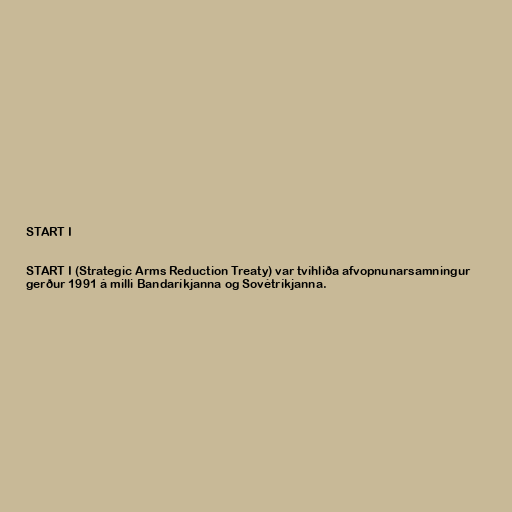
START I

START I (Strategic Arms Reduction Treaty) var tvíhliða afvopnunarsamningur
gerður 1991 á milli Bandaríkjanna og Sovétríkjanna.